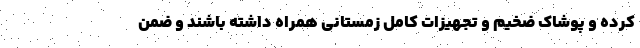
کرده و پوشاک ضخیم و تجهیزات کامل زمستانی همراه داشته باشند و ضمن